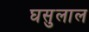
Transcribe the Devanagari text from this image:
घसुलाल